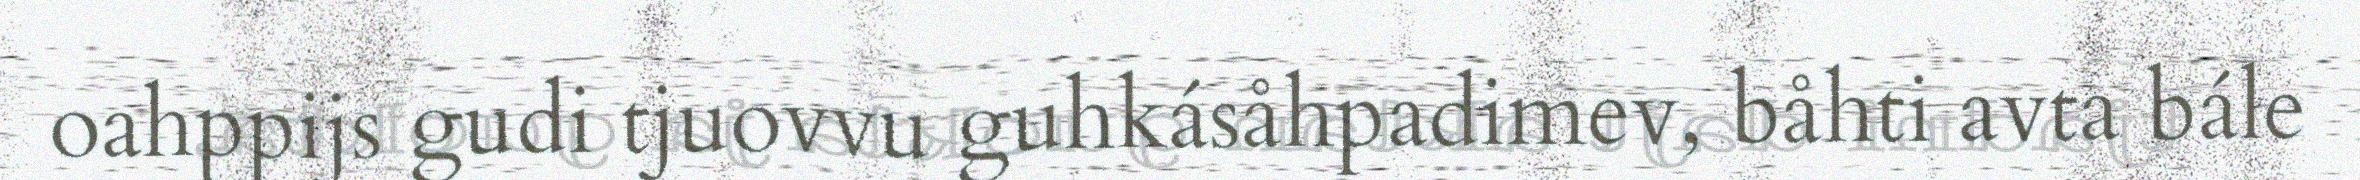
oahppijs gudi tjuovvu guhkásåhpadimev, båhti avta bále